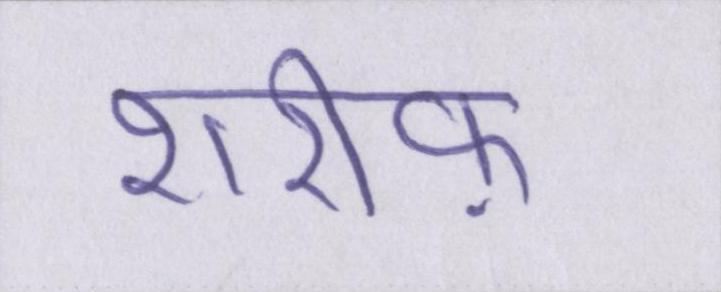
शरीफ़